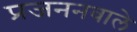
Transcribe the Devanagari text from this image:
प्रजननवाले